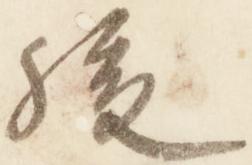
後